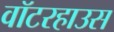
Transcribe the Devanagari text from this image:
वॉटरहाउस